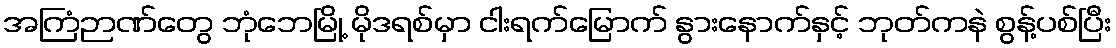
အကြံဉာဏ်တွေ ဘုံဘေမြို့ မိုဒရစ်မှာ ငါးရက်မြောက် နွားနောက်နှင့် ဘုတ်ကနဲ စွန့်ပစ်ပြီး